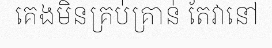
គេងមិនគ្រប់គ្រាន់ តែវានៅ